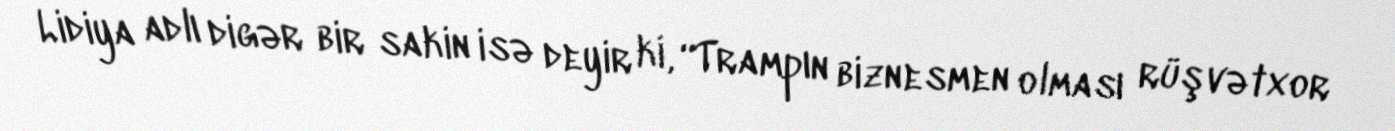
Lidiya adlı digər bir sakin isə deyir ki, “Trampın biznesmen olması rüşvətxor